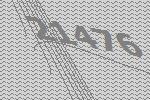
21476